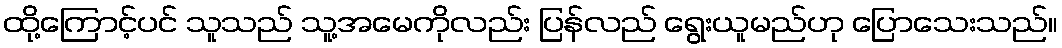
ထို့ကြောင့်ပင် သူသည် သူ့အမေကိုလည်း ပြန်လည် ရွေးယူမည်ဟု ပြောသေးသည်။